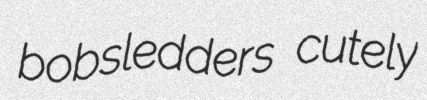
bobsledders cutely